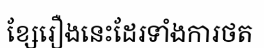
ខ្សែរឿងនេះដែរទាំងការថត